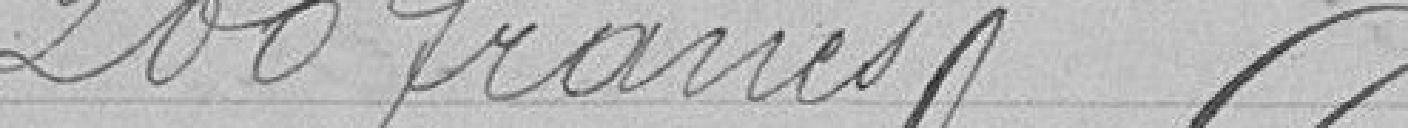
200 francs